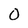
Character: O